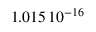
1 . 0 1 5 \, { 1 0 } ^ { - 1 6 }